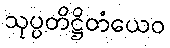
သုပ္ပတိဋ္ဌိတံယေဝ